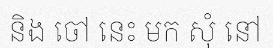
និង ចៅ នេះ មក សុំ នៅ